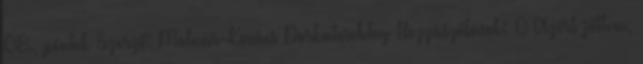
08., péntek Szerző: Molnár-Kovács Dorkatesoblog Hozzászólások: 0 Azért jöttem,